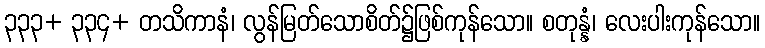
၃၃၃+ ၃၃၄+ တသိကာနံ၊ လွန်မြတ်သောစိတ်၌ဖြစ်ကုန်သော။ စတုန္နံ၊ လေးပါးကုန်သော။